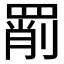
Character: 𦋞